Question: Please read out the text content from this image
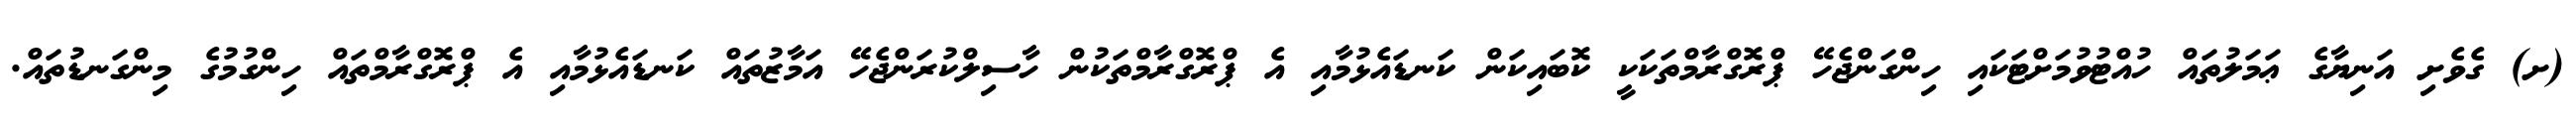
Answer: (ށ) ގެވެށި އަނިޔާގެ ޢަމަލުތައް ހުއްޓުވުމަށްޓަކައި ހިންގަންޖެހޭ ޕްރޮގްރާމްތަކަކީ ކޮބައިކަން ކަނޑައެޅުމާއި އެ ޕްރޮގްރާމްތަކުން ހާސިލްކުރަންޖެހޭ އަމާޒުތައް ކަނޑައެޅުމާއި އެ ޕްރޮގްރާމްތައް ހިންގުމުގެ މިންގަނޑުތައް.